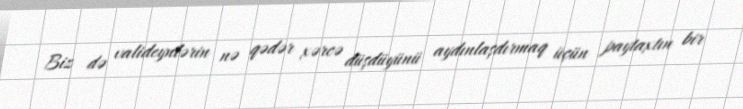
Biz də valideynlərin nə qədər xərcə düşdüyünü aydınlaşdırmaq üçün paytaxtın bir